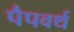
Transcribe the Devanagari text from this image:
पैपवर्थ